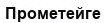
Прометейге